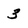
Character: 3